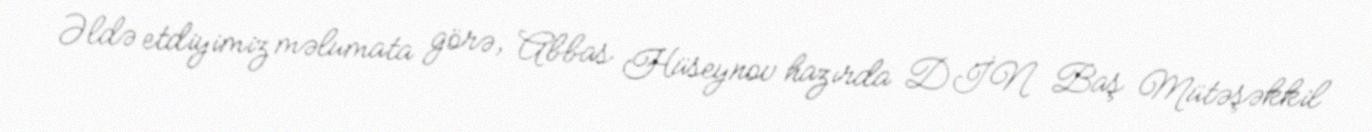
Əldə etdiyimiz məlumata görə, Abbas Hüseynov hazırda DİN Baş Mütəşəkkil